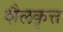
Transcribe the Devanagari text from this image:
शैलकृत्त